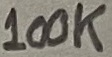
Text: 100K